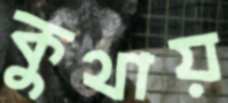
কুথায়